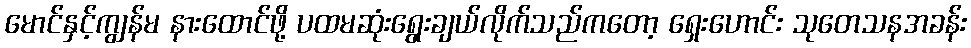
မောင်နှင့်ကျွန်မ နားထောင်ဖို့ ပထမဆုံးရွေးချယ်လိုက်သည်ကတော့ ရှေးဟောင်း သုတေသနအခန်း